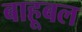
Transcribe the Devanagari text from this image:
बाहूबल